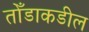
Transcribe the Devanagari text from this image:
तोँडाकडील